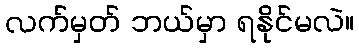
လက်မှတ် ဘယ်မှာ ရနိုင်မလဲ။